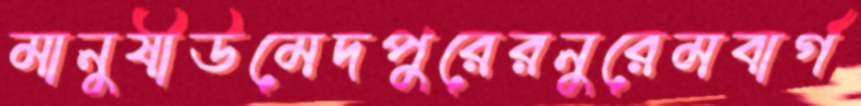
মানুষীউমেদপুরেরনুরেমবার্গ